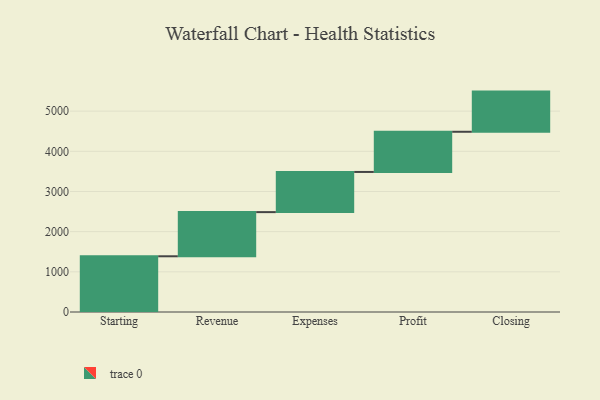
{"axis": {"x": "Step", "y": "Value"}, "legend": [""], "data": [{"x": "Starting", "y": 1387.0, "type": ""}, {"x": "Revenue", "y": 1099.0, "type": ""}, {"x": "Expenses", "y": 1000, "type": ""}, {"x": "Profit", "y": 1000, "type": ""}, {"x": "Closing", "y": 1000, "type": ""}]}